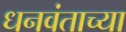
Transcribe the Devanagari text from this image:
धनवंताच्या